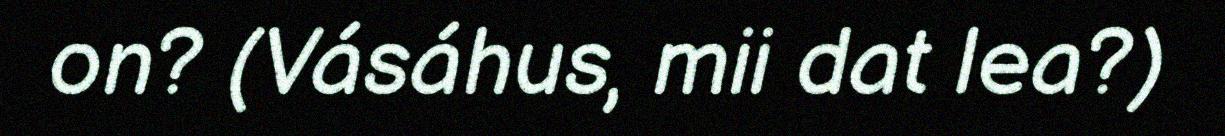
on? (Vásáhus, mii dat lea?)